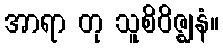
အာရာ တု သူစိဝိဇ္ဈနံ။